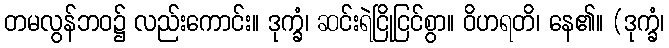
တမလွန်ဘဝ၌ လည်းကောင်း။ ဒုက္ခံ၊ ဆင်းရဲငြိုငြင်စွာ။ ဝိဟရတိ၊ နေ၏။ (ဒုက္ခံ၊